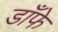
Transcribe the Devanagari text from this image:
डाँफे